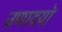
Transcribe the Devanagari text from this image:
उणादयो